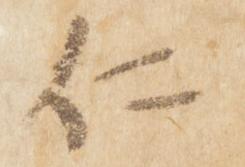
仁